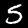
Label: 5